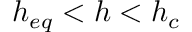
h _ { e q } < h < h _ { c }